Civil Veterinary Department. United Provinces 1932-42 - 1932-1942
Year: 1932
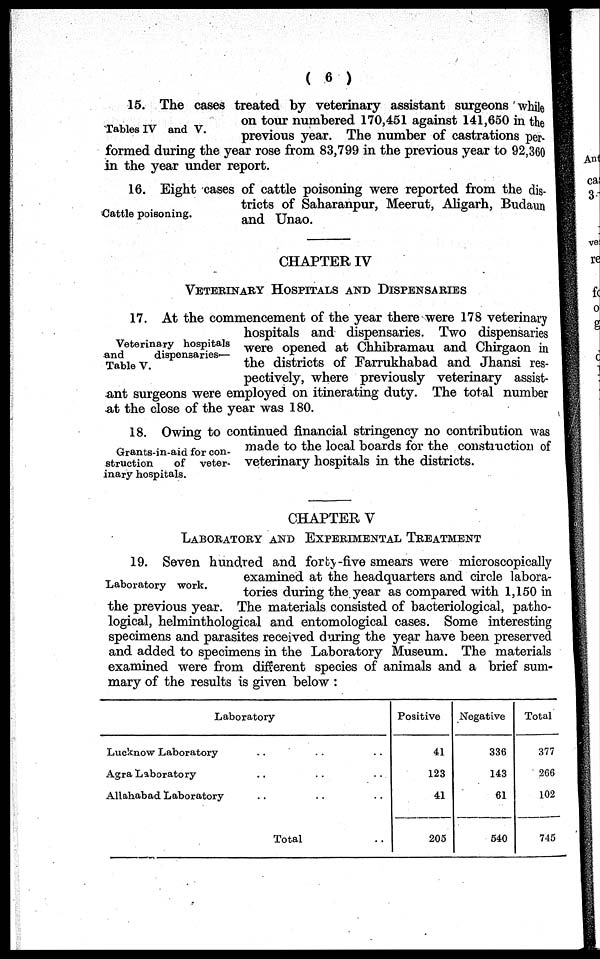
( 6 )
Tables IV and V.
15. The cases treated by veterinary assistant surgeons while
on tour numbered 170,451 against 141,650 in the
previous year. The number of castrations per-
formed during the year rose from 83,799 in the previous year to 92,360
in the year under report.
Cattle poisoning.
16. Eight cases of cattle poisoning were reported from the dis-
tricts of Saharanpur, Meerut, Aligarh, Budaun
and Unao.
CHAPTER IV
VETERINARY HOSPITALS AND DISPENSARIES
Veterinary hospitals
and
dispensaries-—
Table V.
17. At the commencement of the year there were 178 veterinary
hospitals and dispensaries. Two dispensaries
were opened at Chhibramau and Chirgaon in
the districts of Farrukhabad and Jhansi res-
pectively, where previously veterinary assist-
ant surgeons were employed on itinerating duty. The total number
at the close of the year was 180.
Grants-in-aid for con-
struction
of veter-
inary hospitals.
18. Owing to continued financial stringency no contribution was
made to the local boards for the constiuction of
veterinary hospitals in the districts.
CHAPTER V
LABORATORY AND EXPERIMENTAL TREATMENT
Laboratory work.
19. Seven hundred and forty-five smears were microscopically
examined at the headquarters and circle labora-
tories during the year as compared with 1,150 in
the previous year. The materials consisted of bacteriological, patho-
logical, helminthological and entomological cases. Some interesting
specimens and parasites received during the year have been preserved
and added to specimens in the Laboratory Museum. The materials
examined were from different species of animals and a brief sum-
mary of the results is given below :
Laboratory
Lucknow Laboratory .. .. ..
Agra Laboratory .. .. ..
Allahabad Laboratory .. .. ..
Total ..
Positive
41
123
41
205
Negative
336
143
61
540
Total
377
266
102
745